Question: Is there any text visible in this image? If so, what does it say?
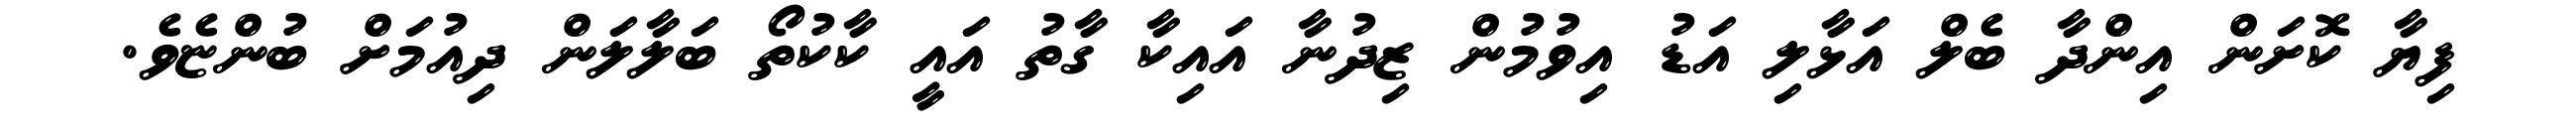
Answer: ފިޔާ ކޮށަން އިންދާ ބެލް އަޅާލި އަޑު އިވުމުން ޒިދުނާ އައިކާ ގާތު އައީ ކާކުތޯ ބަލާލަން ދިއުމަށް ބުންޏެވެ.